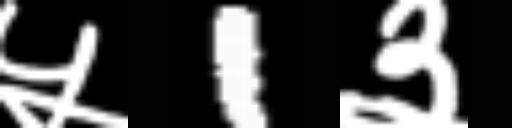
Text: ५1३